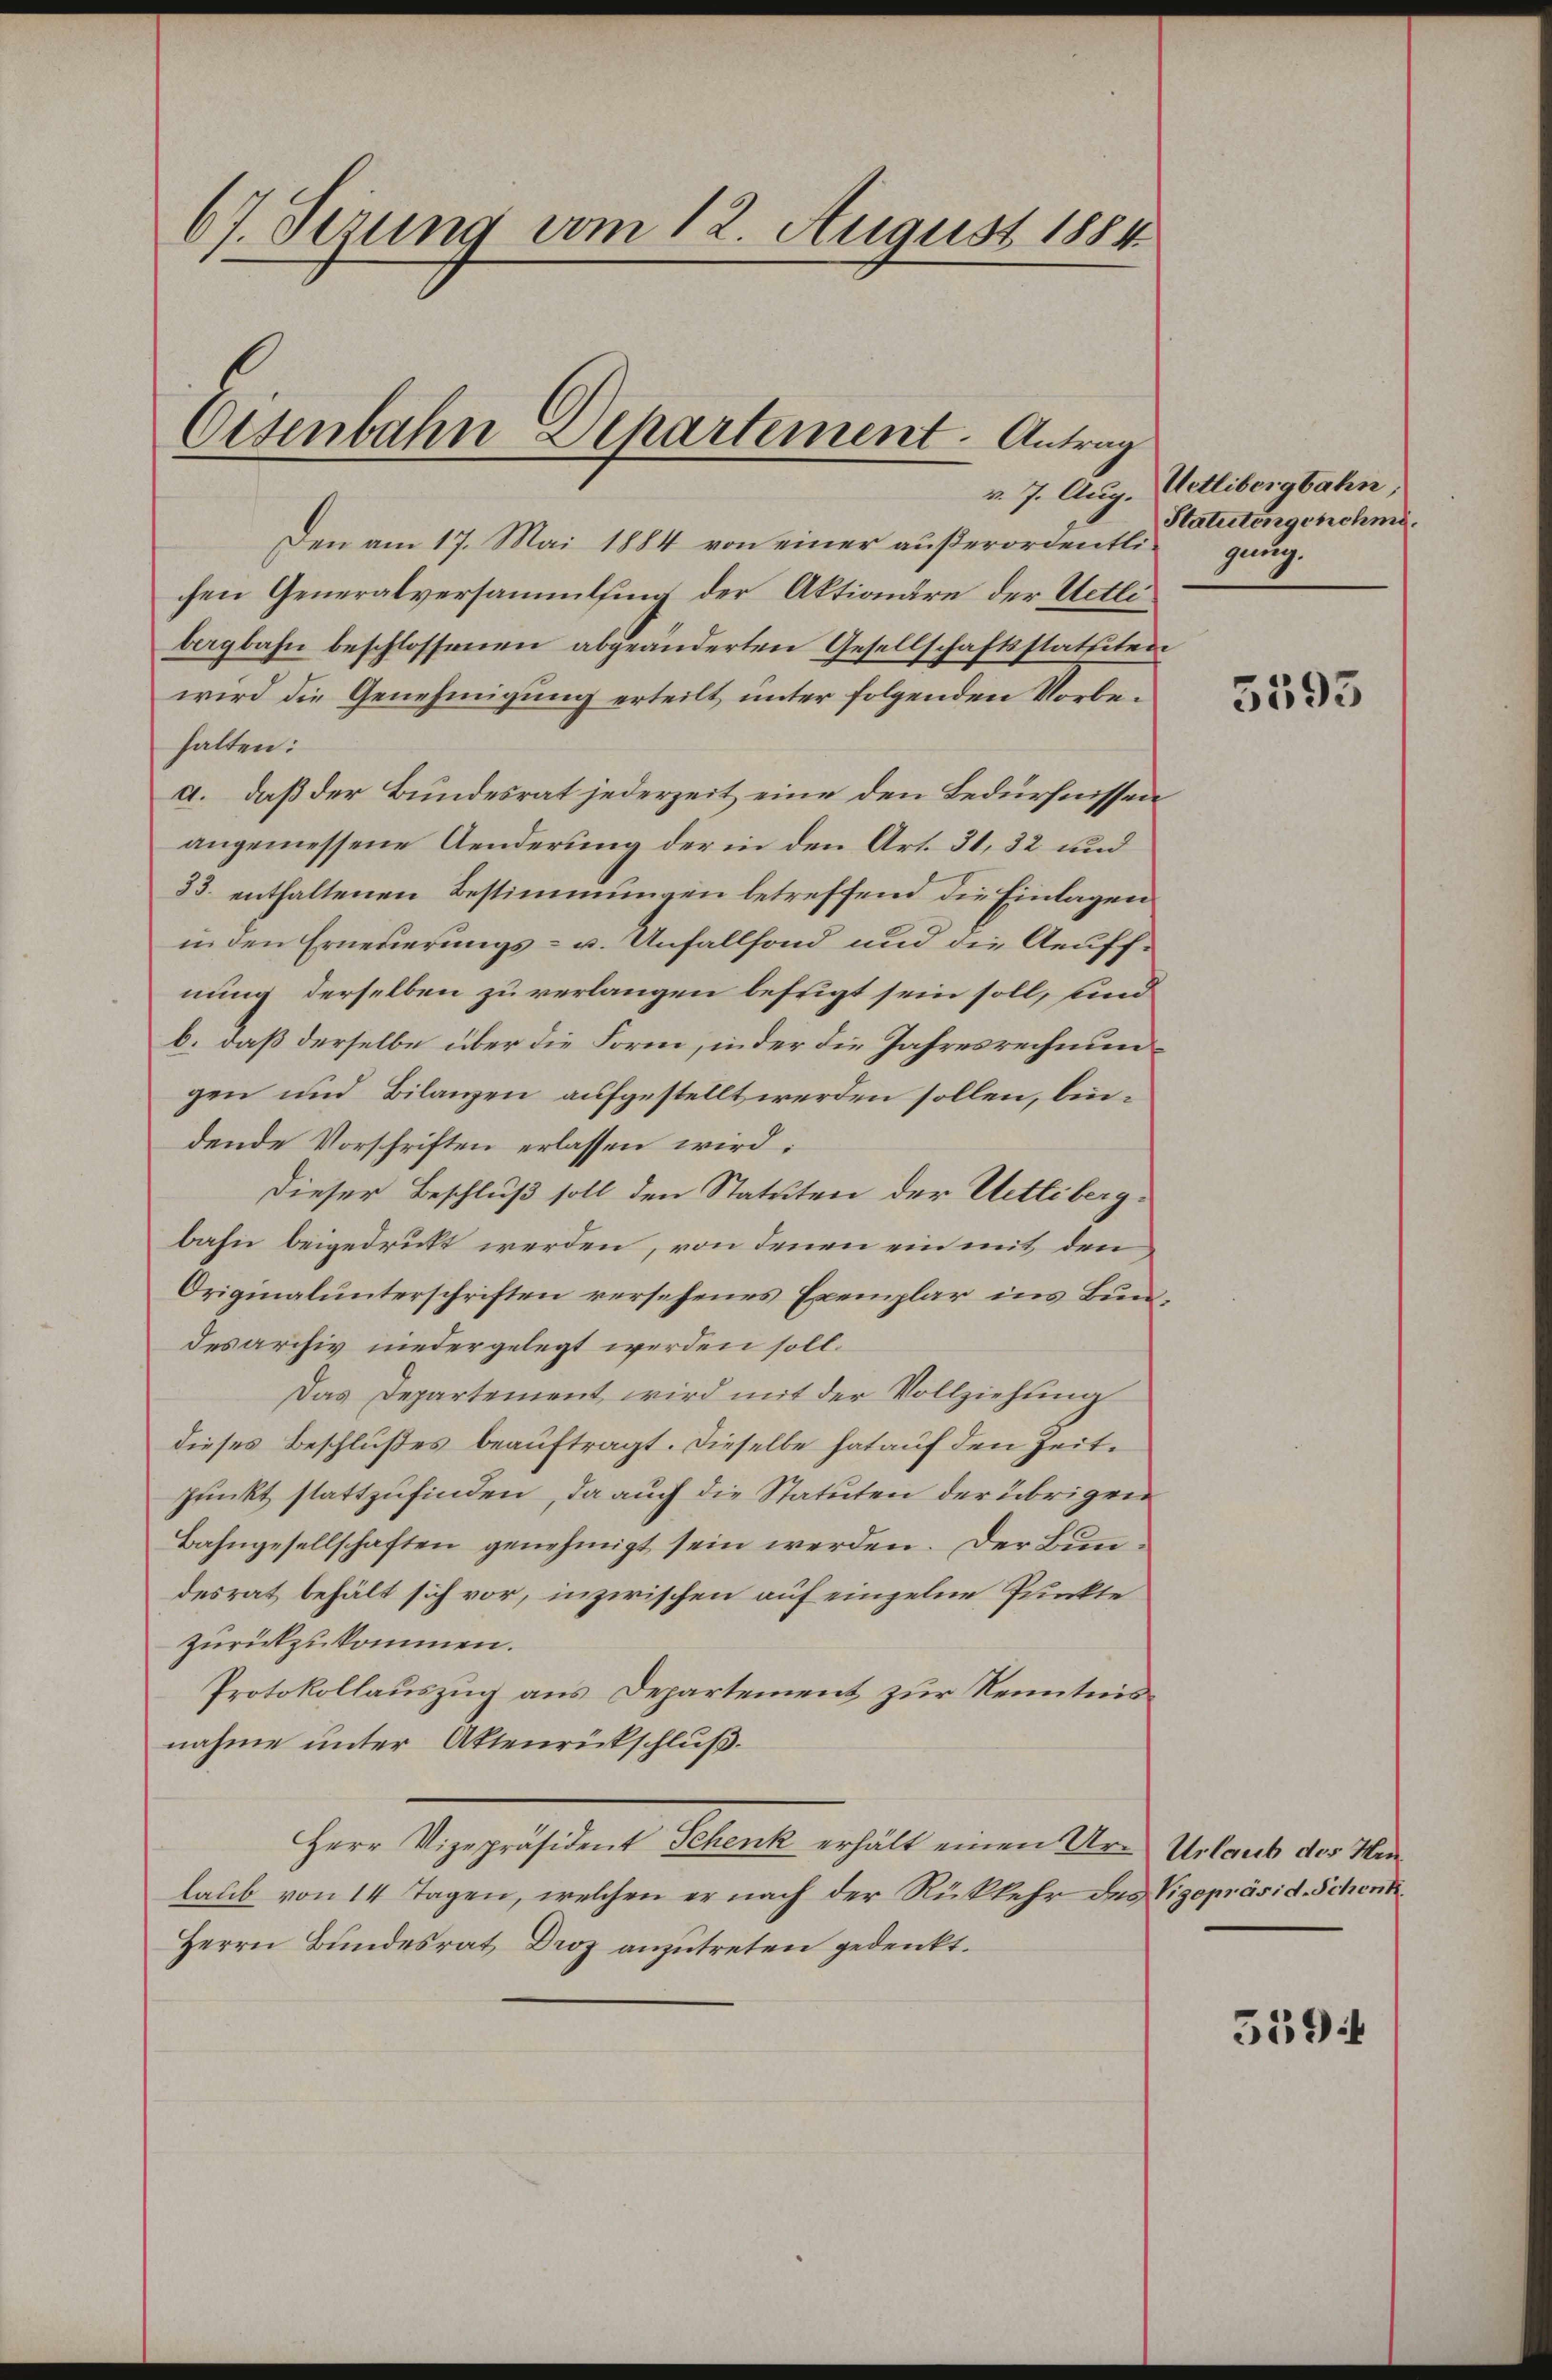
67. Sezung vom 12. August 1884

Eisenbahn Departement Antrag
v. 7. Aug.

Den am 17. Mai 1884 von einer aŭβerordentli ganz.
chen Generalversammlung der Aktionäre der Uetlibergbahn beschlossenen abgeänderten Gesellschaftsstatuten
wird die Genehmigung erteilt, unter folgenden Vorbehalten:
a. daß der Bundesrat jederzeit eine den Bedürfnissen
angemessene Aenderung der in den Art. 31, 32 und
33. enthaltenen Bestimmungen betreffend die Einlagen
in den Erneuerungs- u. Unfallfond und die Aeuffnung derselben zu verlangen befugt sein soll, sind
b. daß derselbe über die Form, inder die Jahresrechnungen und Bilanzen aufgestellt werden sollen, bindende Vorschriften erlassen wird.
Dieser Beschluß soll den Statuten der Uetlibergbahn beigedruckt werden, von denen ein mit den
Originalunterschriften versehenes Exemplar ins Bundes archiv niedergelegt werden soll.
Das Departement wird mit der Vollziehung
dieses Beschlußes beauftragt. Dieselbe hat auf den Zeitpunkt stattzufinden, da auch die Statuten der übrigen
Bahngesellschaften genehmigt sein werden. Der Bundesrat behält sich vor, inzwischen auf einzelne Punkte
zurückzukommen.
Protokollauszug aus Departement zur Kenntnisnahme unter Aktenrückschluß.
Herr Vizepräsident Schenk erhält einen Ur- Urlaub der Hinlaŭb von 14 Tagen, welchen er nach der Rückkehr des Vizepräsid. Schenk¬
Herrn Bundesrat Droz anzutreten gedenkt.

Uetlibergbahn,
Statutengenehme.

5593

539